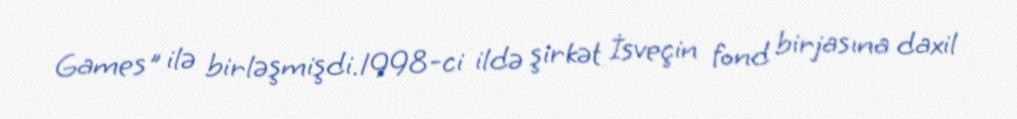
Games" ilə birləşmişdi.1998-ci ildə şirkət İsveçin fond birjasına daxil